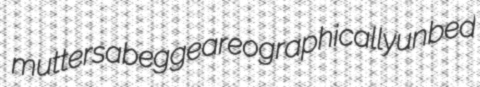
mutters abegge areographically unbed